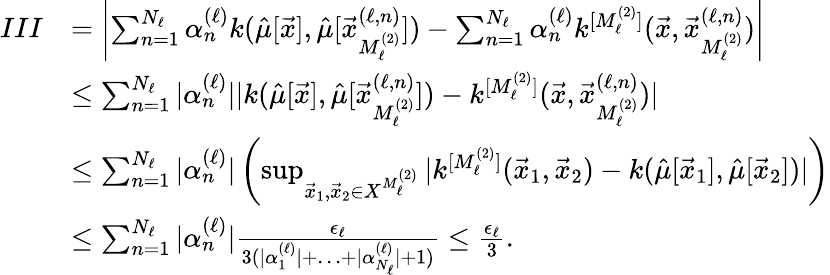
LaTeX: \begin{array}{rl}{III}&{=\left|\sum_{{n}=1}^{{N_{\ell}}}{\alpha_{n}^{(\ell)}}k(\hat{\mu}[\vec{x}],\hat{\mu}[{\vec{x}_{M_{\ell}^{(2)}}^{(\ell,n)}}])-\sum_{{n}=1}^{{N_{\ell}}}{\alpha_{n}^{(\ell)}}k^{[{M_{\ell}^{(2)}}]}(\vec{x},{\vec{x}_{M_{\ell}^{(2)}}^{(\ell,n)}})\right|}\\ &{\leq\sum_{{n}=1}^{{N_{\ell}}}|{\alpha_{n}^{(\ell)}}||k(\hat{\mu}[\vec{x}],\hat{\mu}[{\vec{x}_{M_{\ell}^{(2)}}^{(\ell,n)}}])-k^{[{M_{\ell}^{(2)}}]}(\vec{x},{\vec{x}_{M_{\ell}^{(2)}}^{(\ell,n)}})|}\\ &{\leq\sum_{{n}=1}^{{N_{\ell}}}|{\alpha_{n}^{(\ell)}}|\left(\operatorname*{sup}_{\vec{x}_{1},\vec{x}_{2}\in X^{{M_{\ell}^{(2)}}}}|k^{[{M_{\ell}^{(2)}}]}(\vec{x}_{1},\vec{x}_{2})-k(\hat{\mu}[\vec{x}_{1}],\hat{\mu}[\vec{x}_{2}])|\right)}\\ &{\leq\sum_{{n}=1}^{{N_{\ell}}}|{\alpha_{n}^{(\ell)}}|\frac{\epsilon_{\ell}}{3(|{\alpha_{1}^{(\ell)}}|+\ldots+|{\alpha_{N_{\ell}}^{(\ell)}}|+1)}\leq\frac{\epsilon_{\ell}}{3}.}\end{array}